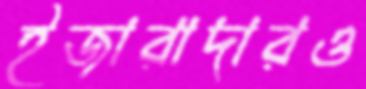
ইজারাদারও